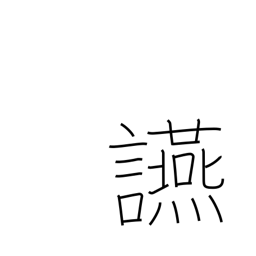
Meaning: banquet